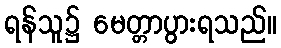
ရန်သူ၌ မေတ္တာပွားရသည်။